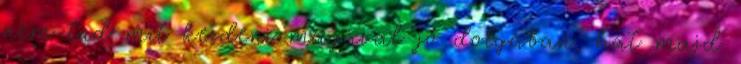
nem tud mit kezdeni magával jó dolgában, hát majd